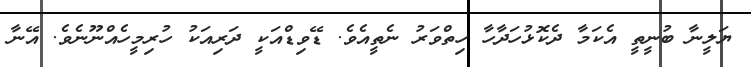
ޔަލީނާ ބުނީތީ އެކަމާ ދެކޮޅުހަދާހާ ހިތްވަރު ނެތީއެވެ. ޑޭވިޑްއަކީ ދަރިއަކު ހުރިމީހެއްނޫނެވެ. އޭނާ